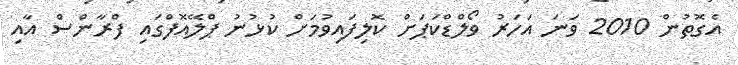
އެގޮތުން 2010 ވަނަ އަހަރު ވޯލްޑްކަޕަށް ކޮލިފައިވުމަށް ކުޅުނު ޕްލޭއޮފްގައި ފްރާންސް އާއި